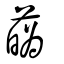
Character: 蘤